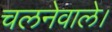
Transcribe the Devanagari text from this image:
चलनेवाले।